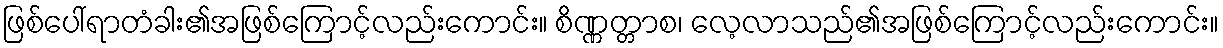
ဖြစ်ပေါ်ရာတံခါး၏အဖြစ်ကြောင့်လည်းကောင်း။ စိဏ္ဏတ္တာစ၊ လေ့လာသည်၏အဖြစ်ကြောင့်လည်းကောင်း။